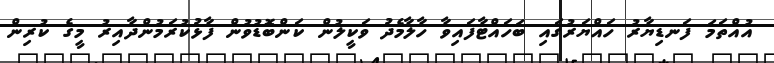
އުއްތަމަ ފަނޑިޔާރު ހައްޔަރުގައި ބަހައްޓާފައިވާ ހާލާމެދު ވަކީލުން ކަންބޮޑުވުން ފާޅުކުރަމުންދާއިރު މީގެ ކުރިން